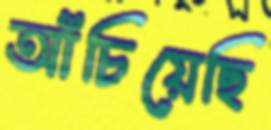
আঁচিয়েছি